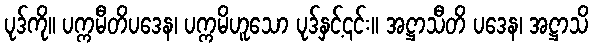
ပုဒ်ကို။ ပက္ကမီတိပဒေန၊ ပက္ကမိဟူသော ပုဒ်နှင့်၎င်း။ အဋ္ဌာသီတိ ပဒေန၊ အဋ္ဌာသိ